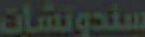
سندوتشات